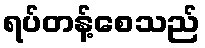
ရပ်တန့်စေသည်